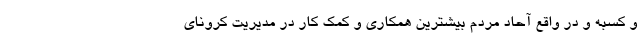
و کسبه و در واقع آحاد مردم بیشترین همکاری و کمک کار در مدیریت کرونای